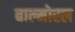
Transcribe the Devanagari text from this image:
बाल्मोरल